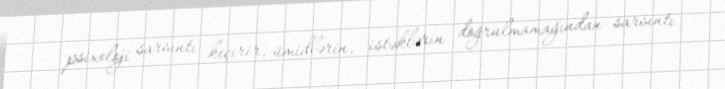
psixoloji sarsıntı keçirir, ümidlərin, istəklərin doğrulmamağından sarsıntı